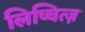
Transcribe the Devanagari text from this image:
लिप्चित्ज़